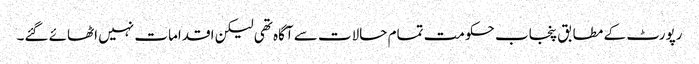
رپورٹ کے مطابق پنجاب حکومت تمام حالات سے آگاہ تھی لیکن اقدامات نہیں اٹھائے گئے۔